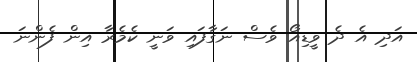
އަދި އެ ދެ ވީޑިއޯ ވެސް ނަގާފައި ވަނީ ކެމެރާ އިން ފެންނަ